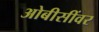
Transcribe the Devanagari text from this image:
ओबीसींवर